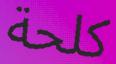
كلحة